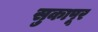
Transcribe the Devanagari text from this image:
सुकापूर